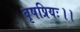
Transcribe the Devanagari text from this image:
वृषप्रियः।।